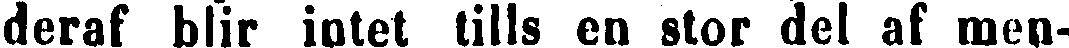
deraf blir intet tills en stor del af men-